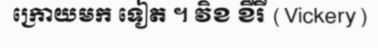
ក្រោយមក ទៀត ។ វិខ ខឺរី (Vickery)